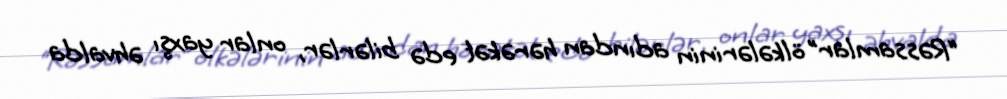
“Rəssamlar” ölkələrinin adından hərəkət edə bilərlər, onlar yaxşı əhvalda